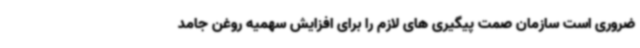
ضروری است سازمان صمت پیگیری های لازم را برای افزایش سهمیه روغن جامد